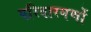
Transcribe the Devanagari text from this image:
परिवारगणों